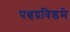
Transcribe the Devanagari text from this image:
पञ्चद्रविडमे